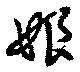
娘